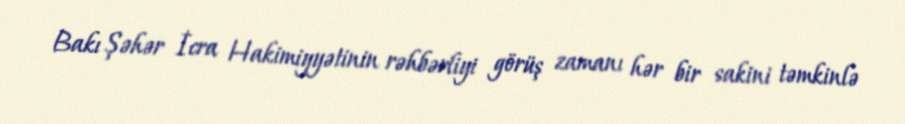
Bakı Şəhər İcra Hakimiyyətinin rəhbərliyi görüş zamanı hər bir sakini təmkinlə